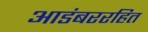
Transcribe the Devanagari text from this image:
आडंबररहित